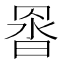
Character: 𮊇